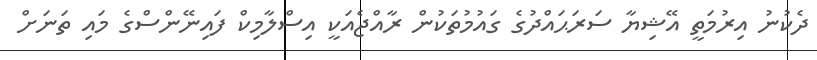
ދެކުނު އިރުމަތީ އޭޝިޔާ ސަރަޙައްދުގެ ގައުމުތަކުން ރާއްޖެއަކީ އިސްލާމިކް ފައިނޭންސްގެ މައި ތަނަށް